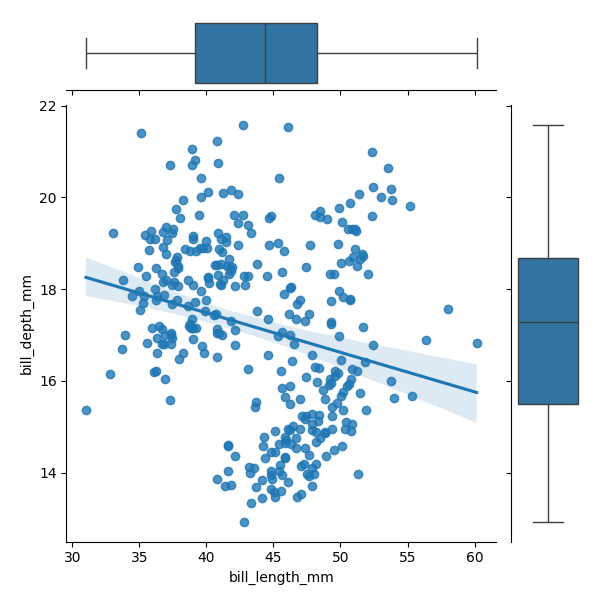
python, seaborn, JointGrid, regplot, boxplot